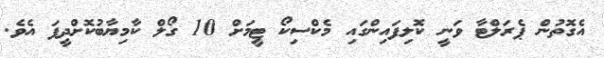
އެގޮތުން ޕެރަލްޓާ ވަނީ ކޮލިފައިންގައި މެކްސިކޯ ޓީމަށް 10 ގޯލް ކާމިޔާބުކޮށްދީފަ އެވެ.